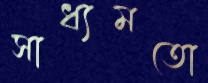
সাধ্যমতো